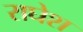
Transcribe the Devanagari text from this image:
राघेश